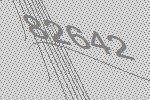
82642